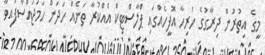
މީގެ އިތުރުން ދިރާގުގެ ހުރިހާ އޮފީހެއްގައި ޕްލާސްޓިކް އެއްކުރާ ތަނެއް ހަދަން ހަމަޖައްސާފައިވާ